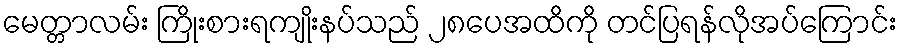
မေတ္တာလမ်း ကြိုးစားရကျိုးနပ်သည် ၂၈ပေအထိကို တင်ပြရန်လိုအပ်ကြောင်း